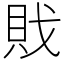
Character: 戝